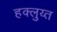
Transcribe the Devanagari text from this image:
हक्लुय्त